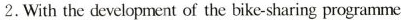
2.With the development of the bike-sharing programme